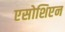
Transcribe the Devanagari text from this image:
एसोशिएन